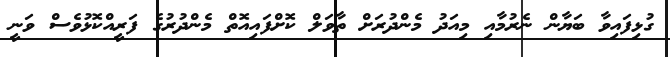
ގުޅިފައިވާ ބަޔާން ނެރުމާއި މިއަދު މެންދުރަށް ތާވަލް ކޮށްފައިއޮތް މެންދުރުގެ ފަރީއްކޮޅުވެސް ވަނީ